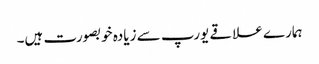
ہمارے علاقے یورپ سے زیادہ خوبصورت ہیں۔